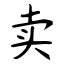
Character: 卖